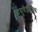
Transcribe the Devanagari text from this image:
आयुवैज्ञानिक